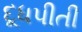
દૂધપીતી